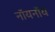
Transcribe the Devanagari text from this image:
नॉयनॉय